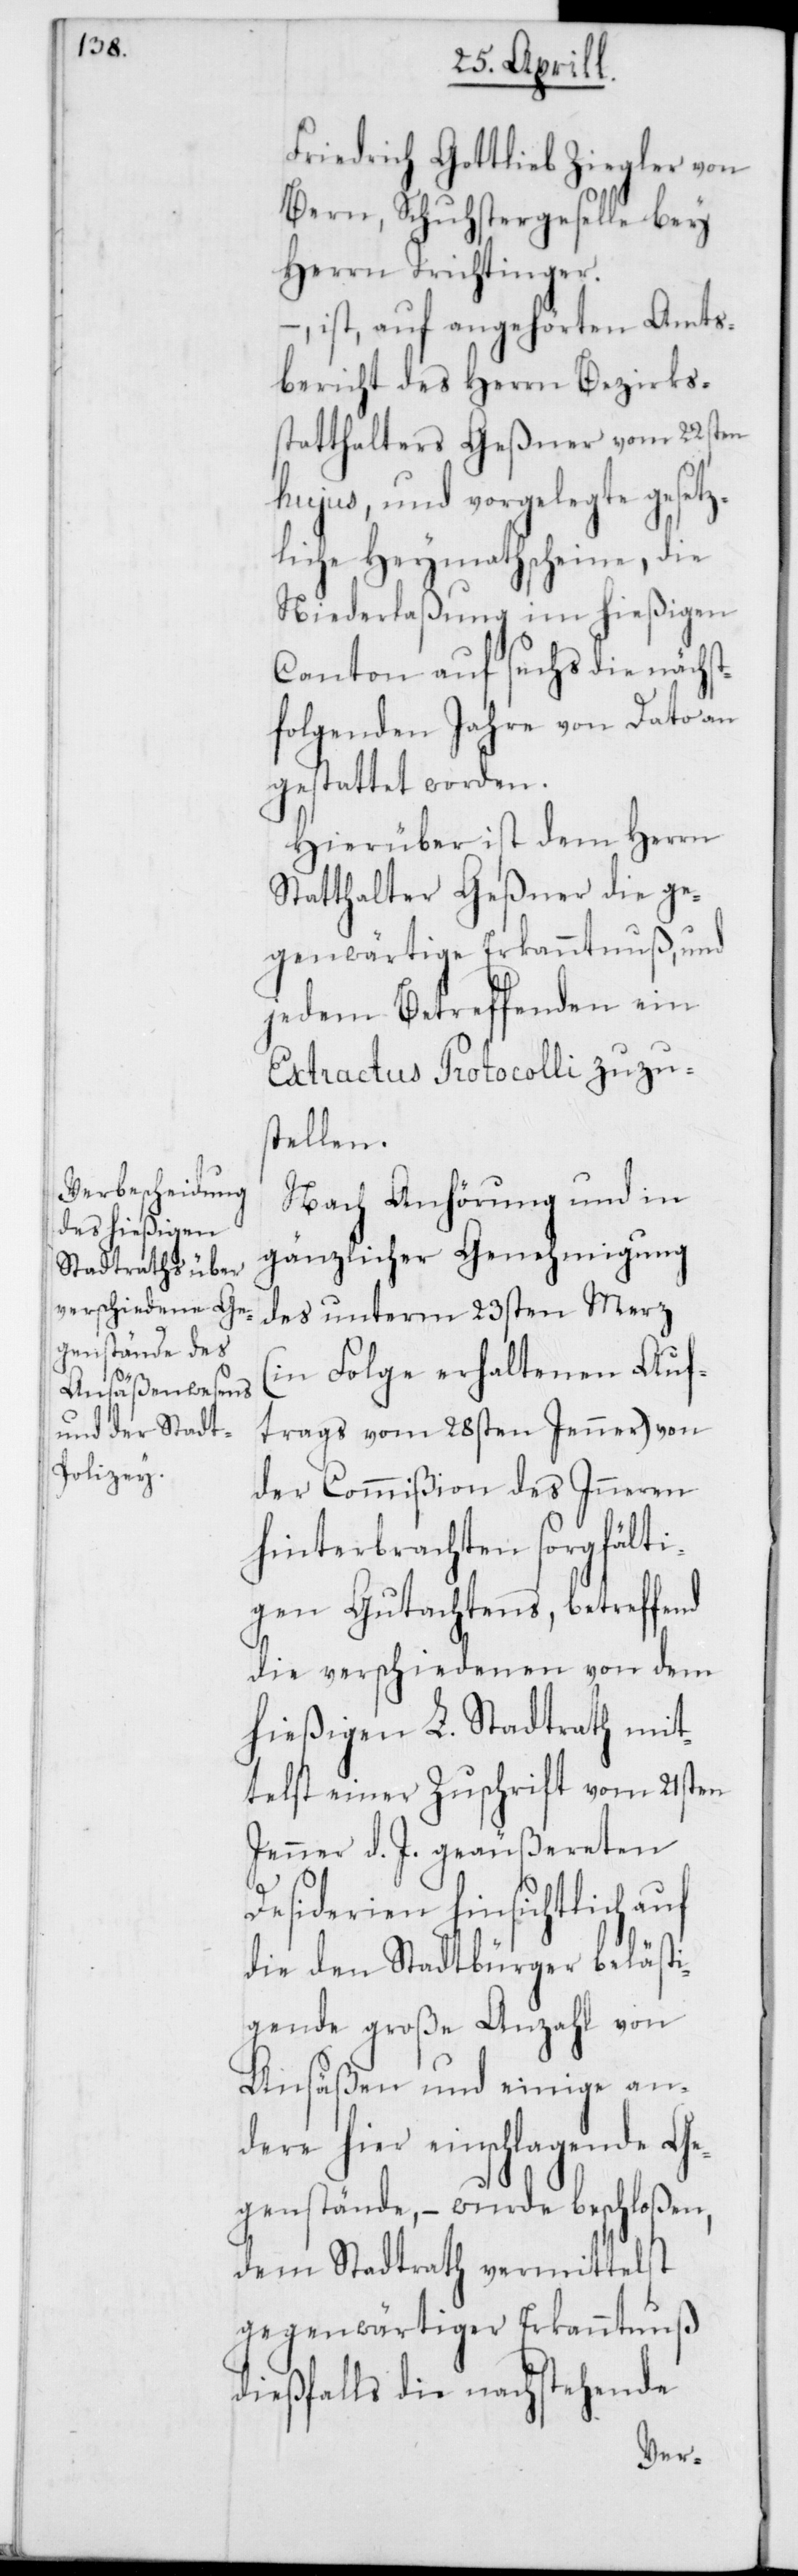
Friedrich Gottlieb Ziegler von
Bern, Schustergeselle bey
Herrn Trichtinger.
, ist auf angehörten Amts¬
bericht des Herrn Bezirks¬
statthalters Geßner vom 22sten
hujus, und vorgelegte gesetz¬
liche Heymathscheine, die
Niederlaßung im hießigen
Canton auf sechs die nächst¬
folgenden Jahre von Dato an
gestattet worden.
Hierüber ist dem Herrn
Statthalter Geßner die ge¬
genwärtige Erkanntnus, und
jedem Betreffenden ein
Extractus Protocolli zuzus¬
tellen.
Nach Anhörung und in
gänzlicher Genehmigung
des unterm 23sten Merz
(in Folge erhaltenen Auf¬
trags vom 28sten Jenner) von
der Commißion des Inneren
hinterbrachten sorgfälti¬
gen Gutachtens, betreffend
die verschiedenen von dem
hießigen L. Stadtrath mit¬
telst einer Zuschrift vom 21sten
Jenner d. J. geäußereten
Desiderien hinsichtlich auf
die den Stadtbürger belästi¬
gende große Anzahl von
Ansäßen und einige an¬
dere hier einschlagende Ge¬
genstände, – wurde beschloßen,
dem Stadtrath vermittelst
gegenwärtiger Erkanntnuß
dießfalls die nachstehende